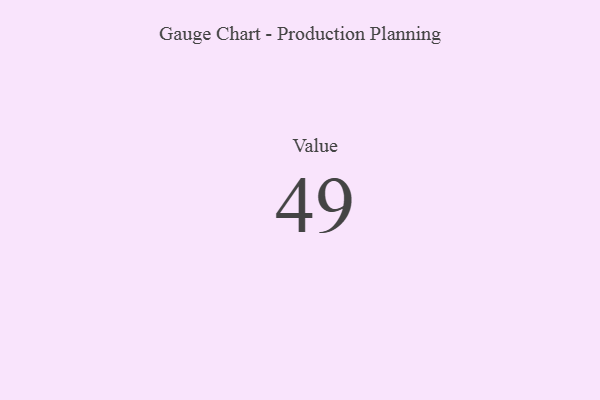
{"axis": {"x": "Metric", "y": "Value"}, "legend": [""], "data": [{"x": "Value", "y": 49, "type": ""}]}